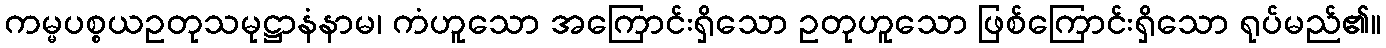
ကမ္မပစ္စယဥတုသမုဋ္ဌာနံနာမ၊ ကံဟူသော အကြောင်းရှိသော ဥတုဟူသော ဖြစ်ကြောင်းရှိသော ရုပ်မည်၏။